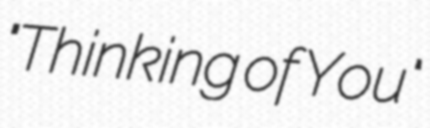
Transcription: "Thinking of You"